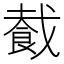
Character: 𬲏